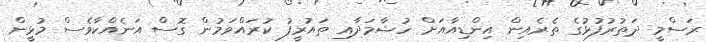
ރަސްމީ ދަތުރުފުޅުގެ ތެރެއިން އިންޑިއާއަށް ހުޝާމަދާއި ތައުރީފު ކުރައްވަމުން ގޮސް އަނެއްކާވެސް މުޅީން